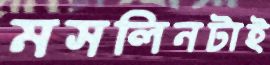
মসলিনটাই